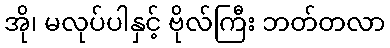
အို၊ မလုပ်ပါနှင့် ဗိုလ်ကြီး ဘတ်တလာ